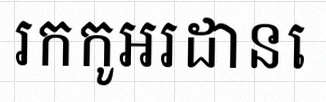
រកកូអរដោនេ